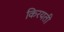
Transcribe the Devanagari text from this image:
किरयती